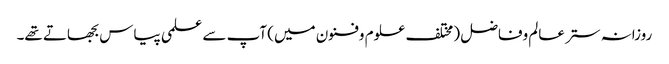
روزانہ ستر عالم وفاضل (مختلف علوم وفنون میں) آپ سے علمی پیاس بجھاتے تھے۔